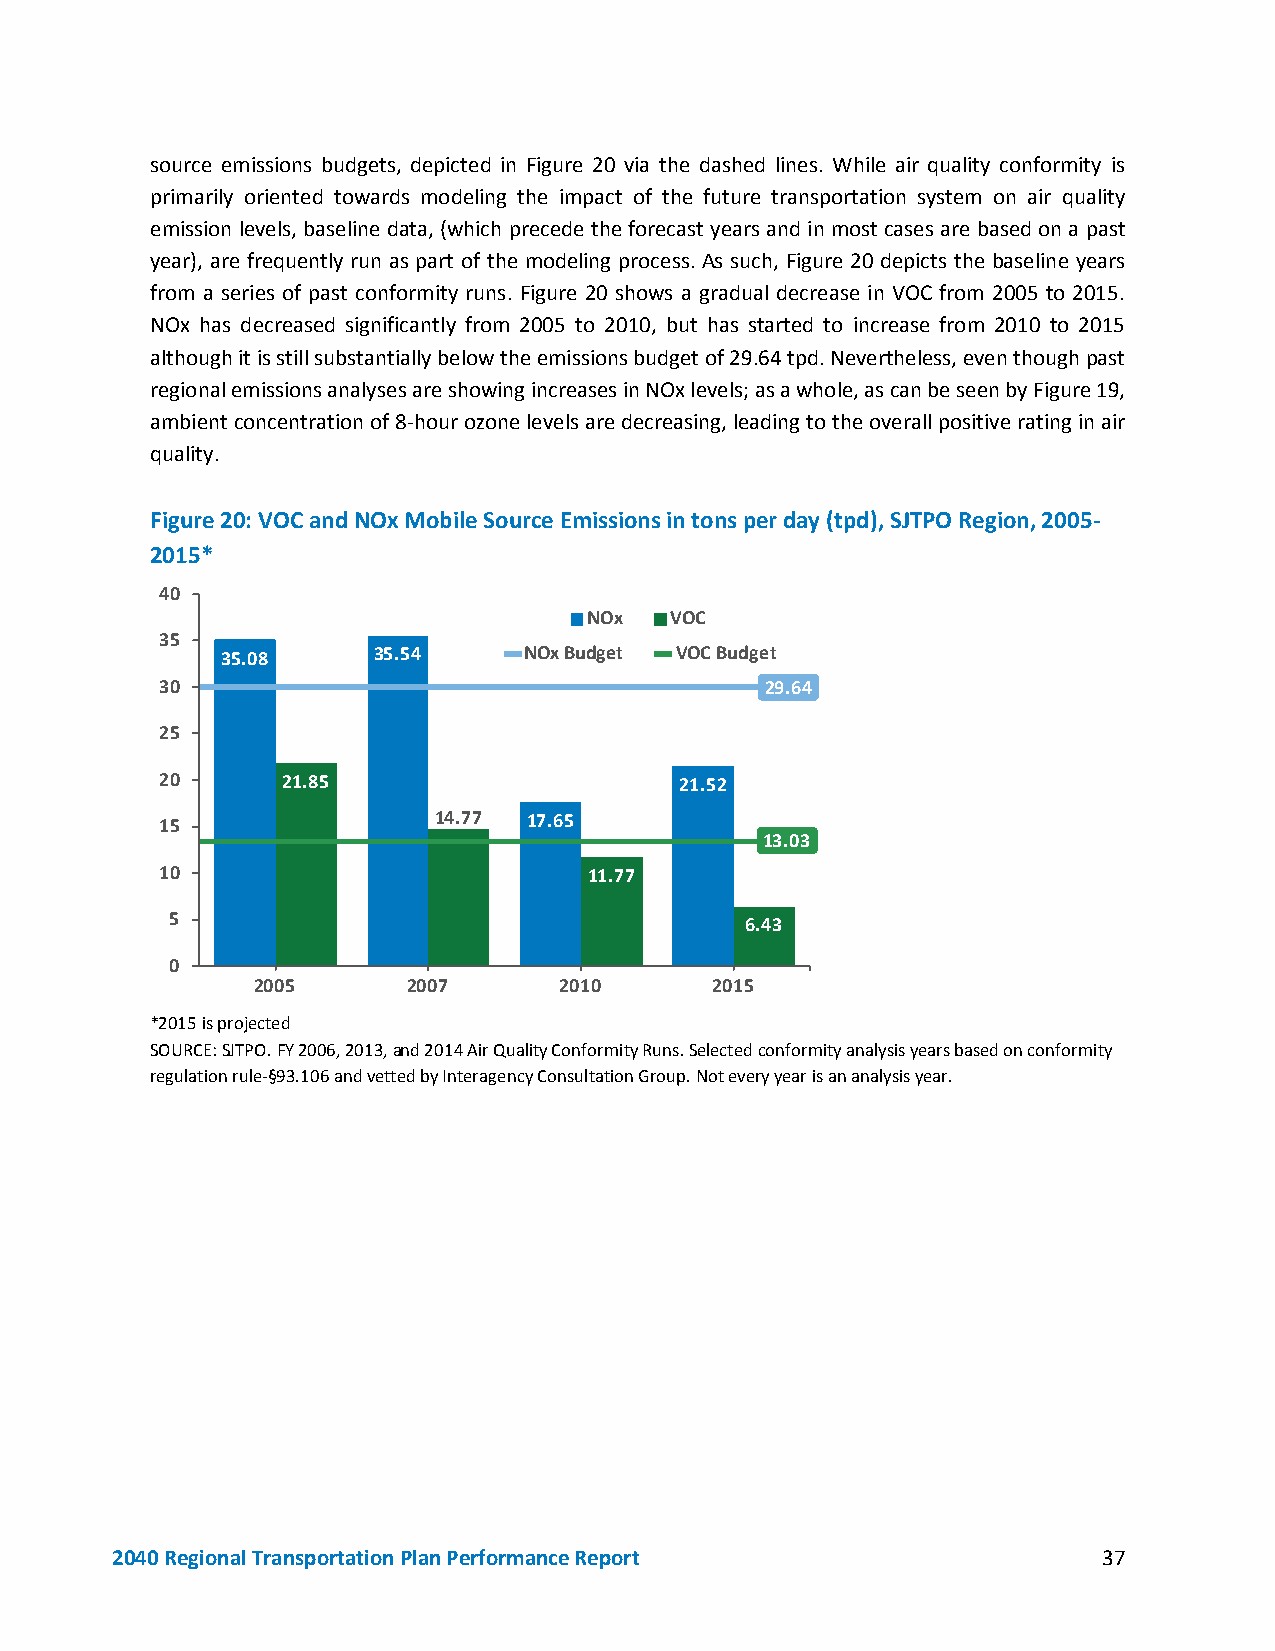
source emissions budgets, depicted in Figure 20 via the dashed lines. While air quality conformity is
 primarily oriented towards modeling the impact of the future transportation system on air quality
 emission levels, baseline data, (which precede the forecast years and in most cases are based on a past
 year), are frequently run as part of the modeling process. As such, Figure 20 depicts the baseline years
 from a series of past conformity runs. Figure 20 shows a gradual decrease in VOC from 2005 to 2015.
 NOx has decreased significantly from 2005 to 2010, but has started to increase from 2010 to 2015
 although it is still substantially below the emissions budget of 29.64 tpd. Nevertheless, even though past
 regional emissions analyses are showing increases in NOx levels; as a whole, as can be seen by Figure 19,
 ambient concentration of 8-hour ozone levels are decreasing, leading to the overall positive rating in air
 quality.
 Figure 20: VOC and NOx Mobile Source Emissions in tons per day (tpd), SJTPO Region, 2005-
 2015*
 40
 NOx  VOC
 35
 35.08     35.54     NOx Budget VOC Budget
 30                                      29.64
 25
 20      21.85                     21.52
 15                14.77 17.65
 13.03
 10                          11.77
 5                                     6.43
 0
 2005      2007      2010      2015
 *2015 is projected
 SOURCE: SJTPO. FY 2006, 2013, and 2014 Air Quality Conformity Runs. Selected conformity analysis years based on conformity
 regulation rule-§93.106 and vetted by Interagency Consultation Group. Not every year is an analysis year.
 2040 Regional Transportation Plan Performance Report              37